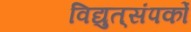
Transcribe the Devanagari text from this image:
विद्युत्‌संपर्को